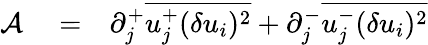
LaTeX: \begin{array}{rlr}{\mathcal{A}}&{{}=}&{\partial_{j}^{+}\overline{{u_{j}^{+}(\delta u_{i})^{2}}}+\partial_{j}^{-}\overline{{u_{j}^{-}(\delta u_{i})^{2}}}}\end{array}